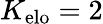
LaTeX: K_{\mathrm{elo}}=2